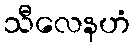
သီလေနဟံ